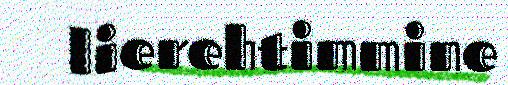
lierehtimmine